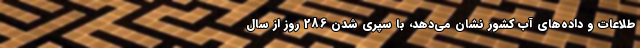
طلاعات و داده‌های آب کشور نشان می‌دهد، با سپری شدن 286 روز از سال